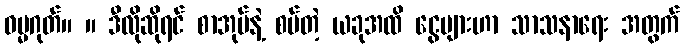
ဓမ္မဂုတ်။ ။ ဒီလိုဆိုရင် စာအုပ်နဲ့ စပ်တဲ့ ယခုအထိ ငွေများဟာ သာသနာရေး အတွက်